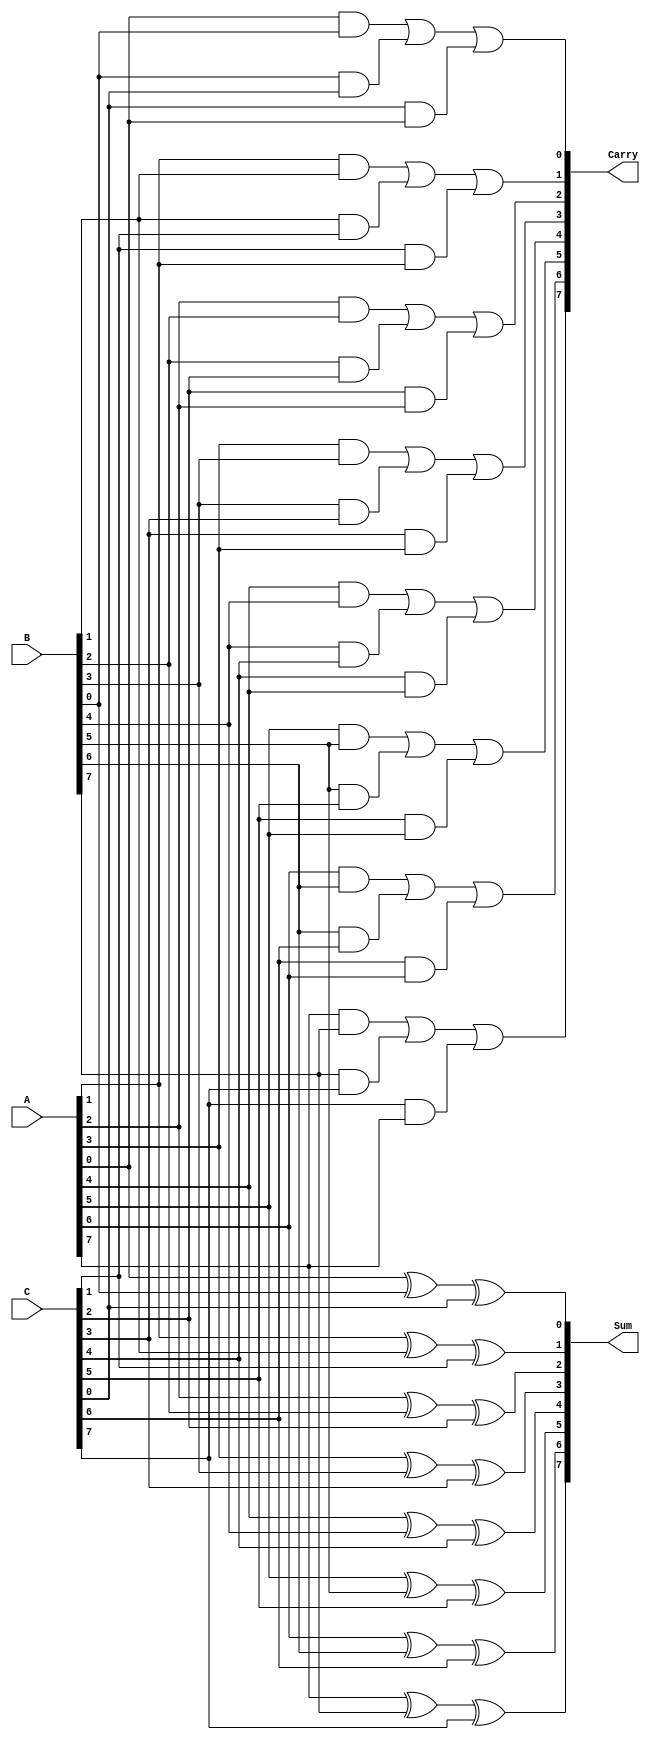
module carry_save_adder #(parameter n = 8) (
    input  wire [n-1:0] A,      // First input
    input  wire [n-1:0] B,      // Second input
    input  wire [n-1:0] C,      // Third input
    output wire [n-1:0] Sum,     // Sum output
    output wire [n-1:0] Carry    // Carry output
);

    // Generate Sum and Carry outputs
    genvar i;
    generate
        for (i = 0; i < n; i = i + 1) begin : csa_bit
            // Sum is computed using XOR
            assign Sum[i] = A[i] ^ B[i] ^ C[i];
            // Carry is computed using AND and OR
            assign Carry[i] = (A[i] & B[i]) | (B[i] & C[i]) | (C[i] & A[i]);
        end
    endgenerate

endmodule